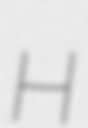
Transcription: H